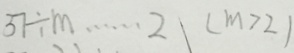
3 7 \div m \cdots 2 ( m > 2 )